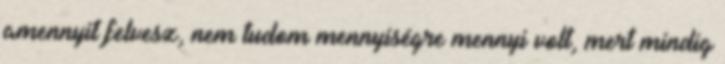
amennyit felvesz, nem tudom mennyiségre mennyi volt, mert mindig